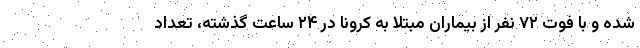
شده و با فوت ۷۲ نفر از بیماران مبتلا به کرونا در ۲۴ ساعت گذشته، تعداد